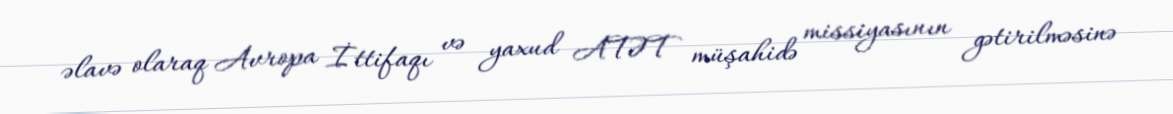
əlavə olaraq Avropa İttifaqı və yaxud ATƏT müşahidə missiyasının gətirilməsinə